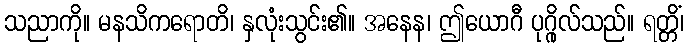
သညာကို။ မနသိကရောတိ၊ နှလုံးသွင်း၏။ အနေန၊ ဤယောဂီ ပုဂ္ဂိုလ်သည်။ ရတ္တိံ၊